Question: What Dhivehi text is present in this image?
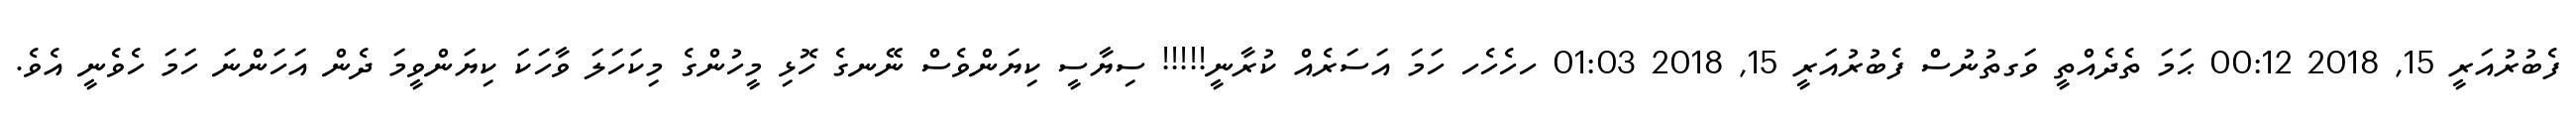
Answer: ފެބުރުއަރީ 15, 2018 00:12 ޙަމަ ތެދެއްތީ ވަގތުނުސް ފެބުރުއަރީ 15, 2018 01:03 ހހެހެހ ހަމަ އަސަރެއް ކުރާނީ!!!!! ސިޔާސީ ކިޔަންވެސް ނޭނގެ ހޮޅި މީހުންގެ މިކަހަލަ ވާހަކަ ކިޔަންވީމަ ދެން އަހަންނަ ހަމަ ހެވެނީ އެވެ.